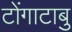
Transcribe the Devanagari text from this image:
टोंगाटाबु